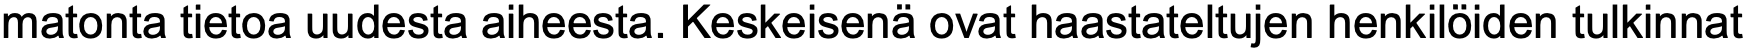
matonta tietoa uudesta aiheesta. Keskeisenä ovat haastateltujen henkilöiden tulkinnat